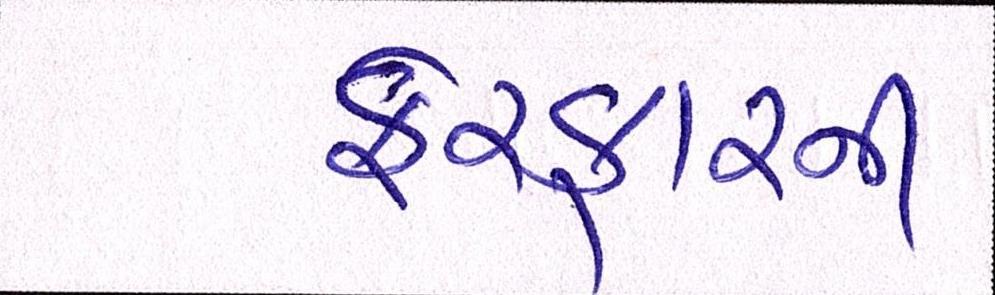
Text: ફેરફારની